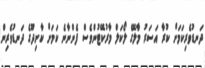
ދަނޑުވެރިކަމަށް ކުރާ އަސަރު މާލޭގެ ލޯކަލް މާރުކޭޓުންވެސް ފެންނާނެ ކަމަށް ކާށިދޫގެ ދަނޑުވެރިން